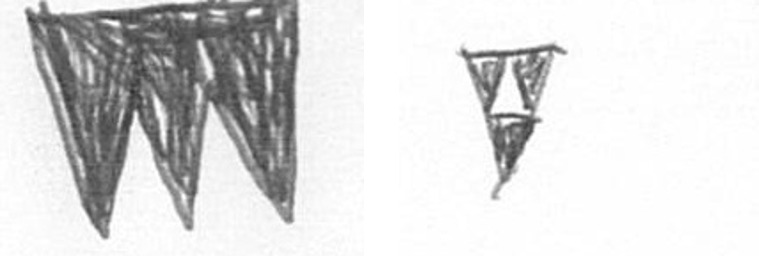
L S